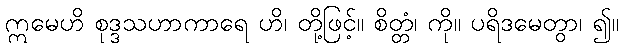
ဣမေဟိ စုဒ္ဒသဟာကာရေ ဟိ၊ တို့ဖြင့်။ စိတ္တံ၊ ကို။ ပရိဒမေတွာ၊ ၍။